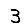
Digit: 3